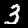
Label: 3